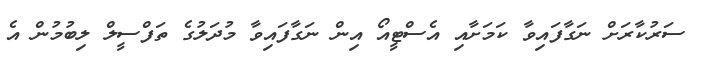
ސަރުކާރަށް ނަގާފައިވާ ކަމަށާއި އެސްޓީއޯ އިން ނަގާފައިވާ މުދަލުގެ ތަފްސީލް ލިބުމުން އެ